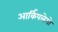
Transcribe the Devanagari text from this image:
आर्किपलेगो